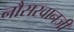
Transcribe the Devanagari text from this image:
नौसरवानजी